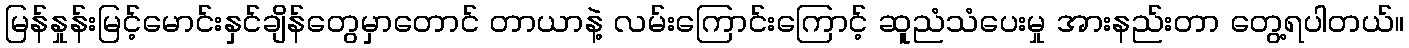
မြန်နှုန်းမြင့်မောင်းနှင်ချိန်တွေမှာတောင် တာယာနဲ့ လမ်းကြောင်းကြောင့် ဆူညံသံပေးမှု အားနည်းတာ တွေ့ရပါတယ်။